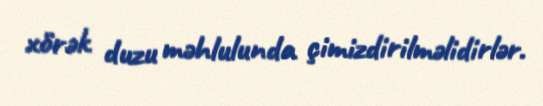
xörək duzu məhlulunda çimizdirilməlidirlər.